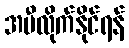
အမီလိုက်နိုင်ရန်